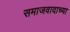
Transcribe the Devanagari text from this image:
समाजवादाच्या